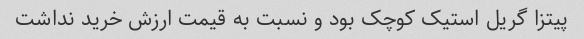
پیتزا گریل استیک کوچک بود و نسبت به قیمت ارزش خرید نداشت